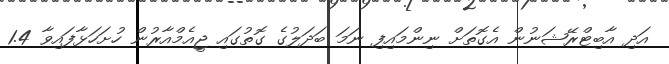
އަދި އާބިޓްރޭޝަނުން އެގޮތަށް ނިންމައިފި ނަމަ ބަދަލުގެ ގޮތުގައި ޖީއެމްއާރުން ހުށަހަޅާފައިވާ 1.4